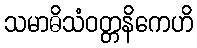
သမာဓိသံဝတ္တနိကေဟိ